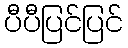
ပီပီပြင်ပြင်